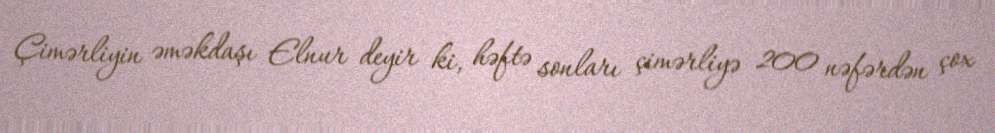
Çimərliyin əməkdaşı Elnur deyir ki, həftə sonları çimərliyə 200 nəfərdən çox